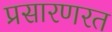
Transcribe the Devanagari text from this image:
प्रसारणरत